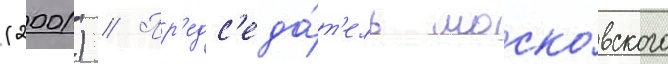
(2001) // Пр'едс'еда́т'ель моско́вского